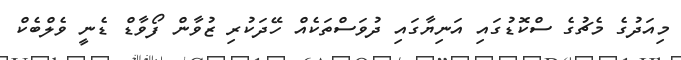
މިއަދުގެ މެޗުގެ ސްކޮޑުގައި އަނިޔާގައި ދުވަސްތަކެއް ހޭދަކުރި ޒުވާން ފޯވާޑް ޑެނީ ވެލްބެކް